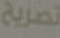
تصريح